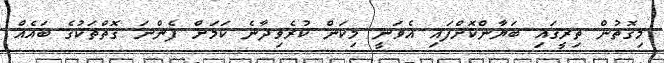
މިގޮތުން ތިރީގައި ބަޔާންކޮށްފައި އެވަނީ މިކަން ކުރެވިދާނެ ކަމަށް ފެންނަ ގޮތްތަކުގެ ބައެއް